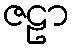
ဇဠာ